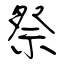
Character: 祭